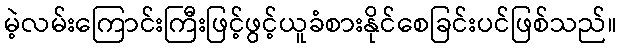
မဲ့လမ်းကြောင်းကြီးဖြင့်ဖွင့်ယူခံစားနိုင်စေခြင်းပင်ဖြစ်သည်။